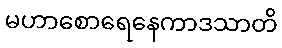
မဟာစောရေနေကာဒသာတိ